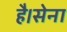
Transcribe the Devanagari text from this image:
है।सेना